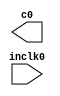
module sdram_pll (
	inclk0,
	c0);

	input	  inclk0;
	output	  c0;

endmodule

// ============================================================
// CNX file retrieval info
// ============================================================
// Retrieval info: PRIVATE: ACTIVECLK_CHECK STRING "0"
// Retrieval info: PRIVATE: BANDWIDTH STRING "1.000"
// Retrieval info: PRIVATE: BANDWIDTH_FEATURE_ENABLED STRING "1"
// Retrieval info: PRIVATE: BANDWIDTH_FREQ_UNIT STRING "MHz"
// Retrieval info: PRIVATE: BANDWIDTH_PRESET STRING "Low"
// Retrieval info: PRIVATE: BANDWIDTH_USE_AUTO STRING "1"
// Retrieval info: PRIVATE: BANDWIDTH_USE_PRESET STRING "0"
// Retrieval info: PRIVATE: CLKBAD_SWITCHOVER_CHECK STRING "0"
// Retrieval info: PRIVATE: CLKLOSS_CHECK STRING "0"
// Retrieval info: PRIVATE: CLKSWITCH_CHECK STRING "0"
// Retrieval info: PRIVATE: CNX_NO_COMPENSATE_RADIO STRING "0"
// Retrieval info: PRIVATE: CREATE_CLKBAD_CHECK STRING "0"
// Retrieval info: PRIVATE: CREATE_INCLK1_CHECK STRING "0"
// Retrieval info: PRIVATE: CUR_DEDICATED_CLK STRING "c0"
// Retrieval info: PRIVATE: CUR_FBIN_CLK STRING "c0"
// Retrieval info: PRIVATE: DEVICE_SPEED_GRADE STRING "8"
// Retrieval info: PRIVATE: DIV_FACTOR0 NUMERIC "1"
// Retrieval info: PRIVATE: DUTY_CYCLE0 STRING "50.00000000"
// Retrieval info: PRIVATE: EFF_OUTPUT_FREQ_VALUE0 STRING "100.000000"
// Retrieval info: PRIVATE: EXPLICIT_SWITCHOVER_COUNTER STRING "0"
// Retrieval info: PRIVATE: EXT_FEEDBACK_RADIO STRING "0"
// Retrieval info: PRIVATE: GLOCKED_COUNTER_EDIT_CHANGED STRING "1"
// Retrieval info: PRIVATE: GLOCKED_FEATURE_ENABLED STRING "0"
// Retrieval info: PRIVATE: GLOCKED_MODE_CHECK STRING "0"
// Retrieval info: PRIVATE: GLOCK_COUNTER_EDIT NUMERIC "1048575"
// Retrieval info: PRIVATE: HAS_MANUAL_SWITCHOVER STRING "1"
// Retrieval info: PRIVATE: INCLK0_FREQ_EDIT STRING "50.000"
// Retrieval info: PRIVATE: INCLK0_FREQ_UNIT_COMBO STRING "MHz"
// Retrieval info: PRIVATE: INCLK1_FREQ_EDIT STRING "100.000"
// Retrieval info: PRIVATE: INCLK1_FREQ_EDIT_CHANGED STRING "1"
// Retrieval info: PRIVATE: INCLK1_FREQ_UNIT_CHANGED STRING "1"
// Retrieval info: PRIVATE: INCLK1_FREQ_UNIT_COMBO STRING "MHz"
// Retrieval info: PRIVATE: INTENDED_DEVICE_FAMILY STRING "Cyclone IV E"
// Retrieval info: PRIVATE: INT_FEEDBACK__MODE_RADIO STRING "1"
// Retrieval info: PRIVATE: LOCKED_OUTPUT_CHECK STRING "0"
// Retrieval info: PRIVATE: LONG_SCAN_RADIO STRING "1"
// Retrieval info: PRIVATE: LVDS_MODE_DATA_RATE STRING "Not Available"
// Retrieval info: PRIVATE: LVDS_MODE_DATA_RATE_DIRTY NUMERIC "0"
// Retrieval info: PRIVATE: LVDS_PHASE_SHIFT_UNIT0 STRING "deg"
// Retrieval info: PRIVATE: MIG_DEVICE_SPEED_GRADE STRING "Any"
// Retrieval info: PRIVATE: MIRROR_CLK0 STRING "0"
// Retrieval info: PRIVATE: MULT_FACTOR0 NUMERIC "1"
// Retrieval info: PRIVATE: NORMAL_MODE_RADIO STRING "1"
// Retrieval info: PRIVATE: OUTPUT_FREQ0 STRING "100.00000000"
// Retrieval info: PRIVATE: OUTPUT_FREQ_MODE0 STRING "1"
// Retrieval info: PRIVATE: OUTPUT_FREQ_UNIT0 STRING "MHz"
// Retrieval info: PRIVATE: PHASE_RECONFIG_FEATURE_ENABLED STRING "1"
// Retrieval info: PRIVATE: PHASE_RECONFIG_INPUTS_CHECK STRING "0"
// Retrieval info: PRIVATE: PHASE_SHIFT0 STRING "0.00000000"
// Retrieval info: PRIVATE: PHASE_SHIFT_STEP_ENABLED_CHECK STRING "0"
// Retrieval info: PRIVATE: PHASE_SHIFT_UNIT0 STRING "deg"
// Retrieval info: PRIVATE: PLL_ADVANCED_PARAM_CHECK STRING "0"
// Retrieval info: PRIVATE: PLL_ARESET_CHECK STRING "0"
// Retrieval info: PRIVATE: PLL_AUTOPLL_CHECK NUMERIC "1"
// Retrieval info: PRIVATE: PLL_ENHPLL_CHECK NUMERIC "0"
// Retrieval info: PRIVATE: PLL_FASTPLL_CHECK NUMERIC "0"
// Retrieval info: PRIVATE: PLL_FBMIMIC_CHECK STRING "0"
// Retrieval info: PRIVATE: PLL_LVDS_PLL_CHECK NUMERIC "0"
// Retrieval info: PRIVATE: PLL_PFDENA_CHECK STRING "0"
// Retrieval info: PRIVATE: PLL_TARGET_HARCOPY_CHECK NUMERIC "0"
// Retrieval info: PRIVATE: PRIMARY_CLK_COMBO STRING "inclk0"
// Retrieval info: PRIVATE: RECONFIG_FILE STRING "sdram_pll.mif"
// Retrieval info: PRIVATE: SACN_INPUTS_CHECK STRING "0"
// Retrieval info: PRIVATE: SCAN_FEATURE_ENABLED STRING "1"
// Retrieval info: PRIVATE: SELF_RESET_LOCK_LOSS STRING "0"
// Retrieval info: PRIVATE: SHORT_SCAN_RADIO STRING "0"
// Retrieval info: PRIVATE: SPREAD_FEATURE_ENABLED STRING "0"
// Retrieval info: PRIVATE: SPREAD_FREQ STRING "50.000"
// Retrieval info: PRIVATE: SPREAD_FREQ_UNIT STRING "KHz"
// Retrieval info: PRIVATE: SPREAD_PERCENT STRING "0.500"
// Retrieval info: PRIVATE: SPREAD_USE STRING "0"
// Retrieval info: PRIVATE: SRC_SYNCH_COMP_RADIO STRING "0"
// Retrieval info: PRIVATE: STICKY_CLK0 STRING "1"
// Retrieval info: PRIVATE: SWITCHOVER_COUNT_EDIT NUMERIC "1"
// Retrieval info: PRIVATE: SWITCHOVER_FEATURE_ENABLED STRING "1"
// Retrieval info: PRIVATE: SYNTH_WRAPPER_GEN_POSTFIX STRING "0"
// Retrieval info: PRIVATE: USE_CLK0 STRING "1"
// Retrieval info: PRIVATE: USE_CLKENA0 STRING "0"
// Retrieval info: PRIVATE: USE_MIL_SPEED_GRADE NUMERIC "0"
// Retrieval info: PRIVATE: ZERO_DELAY_RADIO STRING "0"
// Retrieval info: LIBRARY: altera_mf altera_mf.altera_mf_components.all
// Retrieval info: CONSTANT: BANDWIDTH_TYPE STRING "AUTO"
// Retrieval info: CONSTANT: CLK0_DIVIDE_BY NUMERIC "1"
// Retrieval info: CONSTANT: CLK0_DUTY_CYCLE NUMERIC "50"
// Retrieval info: CONSTANT: CLK0_MULTIPLY_BY NUMERIC "2"
// Retrieval info: CONSTANT: CLK0_PHASE_SHIFT STRING "0"
// Retrieval info: CONSTANT: COMPENSATE_CLOCK STRING "CLK0"
// Retrieval info: CONSTANT: INCLK0_INPUT_FREQUENCY NUMERIC "20000"
// Retrieval info: CONSTANT: INTENDED_DEVICE_FAMILY STRING "Cyclone IV E"
// Retrieval info: CONSTANT: LPM_TYPE STRING "altpll"
// Retrieval info: CONSTANT: OPERATION_MODE STRING "NORMAL"
// Retrieval info: CONSTANT: PLL_TYPE STRING "AUTO"
// Retrieval info: CONSTANT: PORT_ACTIVECLOCK STRING "PORT_UNUSED"
// Retrieval info: CONSTANT: PORT_ARESET STRING "PORT_UNUSED"
// Retrieval info: CONSTANT: PORT_CLKBAD0 STRING "PORT_UNUSED"
// Retrieval info: CONSTANT: PORT_CLKBAD1 STRING "PORT_UNUSED"
// Retrieval info: CONSTANT: PORT_CLKLOSS STRING "PORT_UNUSED"
// Retrieval info: CONSTANT: PORT_CLKSWITCH STRING "PORT_UNUSED"
// Retrieval info: CONSTANT: PORT_CONFIGUPDATE STRING "PORT_UNUSED"
// Retrieval info: CONSTANT: PORT_FBIN STRING "PORT_UNUSED"
// Retrieval info: CONSTANT: PORT_INCLK0 STRING "PORT_USED"
// Retrieval info: CONSTANT: PORT_INCLK1 STRING "PORT_UNUSED"
// Retrieval info: CONSTANT: PORT_LOCKED STRING "PORT_UNUSED"
// Retrieval info: CONSTANT: PORT_PFDENA STRING "PORT_UNUSED"
// Retrieval info: CONSTANT: PORT_PHASECOUNTERSELECT STRING "PORT_UNUSED"
// Retrieval info: CONSTANT: PORT_PHASEDONE STRING "PORT_UNUSED"
// Retrieval info: CONSTANT: PORT_PHASESTEP STRING "PORT_UNUSED"
// Retrieval info: CONSTANT: PORT_PHASEUPDOWN STRING "PORT_UNUSED"
// Retrieval info: CONSTANT: PORT_PLLENA STRING "PORT_UNUSED"
// Retrieval info: CONSTANT: PORT_SCANACLR STRING "PORT_UNUSED"
// Retrieval info: CONSTANT: PORT_SCANCLK STRING "PORT_UNUSED"
// Retrieval info: CONSTANT: PORT_SCANCLKENA STRING "PORT_UNUSED"
// Retrieval info: CONSTANT: PORT_SCANDATA STRING "PORT_UNUSED"
// Retrieval info: CONSTANT: PORT_SCANDATAOUT STRING "PORT_UNUSED"
// Retrieval info: CONSTANT: PORT_SCANDONE STRING "PORT_UNUSED"
// Retrieval info: CONSTANT: PORT_SCANREAD STRING "PORT_UNUSED"
// Retrieval info: CONSTANT: PORT_SCANWRITE STRING "PORT_UNUSED"
// Retrieval info: CONSTANT: PORT_clk0 STRING "PORT_USED"
// Retrieval info: CONSTANT: PORT_clk1 STRING "PORT_UNUSED"
// Retrieval info: CONSTANT: PORT_clk2 STRING "PORT_UNUSED"
// Retrieval info: CONSTANT: PORT_clk3 STRING "PORT_UNUSED"
// Retrieval info: CONSTANT: PORT_clk4 STRING "PORT_UNUSED"
// Retrieval info: CONSTANT: PORT_clk5 STRING "PORT_UNUSED"
// Retrieval info: CONSTANT: PORT_clkena0 STRING "PORT_UNUSED"
// Retrieval info: CONSTANT: PORT_clkena1 STRING "PORT_UNUSED"
// Retrieval info: CONSTANT: PORT_clkena2 STRING "PORT_UNUSED"
// Retrieval info: CONSTANT: PORT_clkena3 STRING "PORT_UNUSED"
// Retrieval info: CONSTANT: PORT_clkena4 STRING "PORT_UNUSED"
// Retrieval info: CONSTANT: PORT_clkena5 STRING "PORT_UNUSED"
// Retrieval info: CONSTANT: PORT_extclk0 STRING "PORT_UNUSED"
// Retrieval info: CONSTANT: PORT_extclk1 STRING "PORT_UNUSED"
// Retrieval info: CONSTANT: PORT_extclk2 STRING "PORT_UNUSED"
// Retrieval info: CONSTANT: PORT_extclk3 STRING "PORT_UNUSED"
// Retrieval info: CONSTANT: WIDTH_CLOCK NUMERIC "5"
// Retrieval info: USED_PORT: @clk 0 0 5 0 OUTPUT_CLK_EXT VCC "@clk[4..0]"
// Retrieval info: USED_PORT: c0 0 0 0 0 OUTPUT_CLK_EXT VCC "c0"
// Retrieval info: USED_PORT: inclk0 0 0 0 0 INPUT_CLK_EXT GND "inclk0"
// Retrieval info: CONNECT: @inclk 0 0 1 1 GND 0 0 0 0
// Retrieval info: CONNECT: @inclk 0 0 1 0 inclk0 0 0 0 0
// Retrieval info: CONNECT: c0 0 0 0 0 @clk 0 0 1 0
// Retrieval info: GEN_FILE: TYPE_NORMAL sdram_pll.v TRUE
// Retrieval info: GEN_FILE: TYPE_NORMAL sdram_pll.ppf TRUE
// Retrieval info: GEN_FILE: TYPE_NORMAL sdram_pll.inc FALSE
// Retrieval info: GEN_FILE: TYPE_NORMAL sdram_pll.cmp FALSE
// Retrieval info: GEN_FILE: TYPE_NORMAL sdram_pll.bsf FALSE
// Retrieval info: GEN_FILE: TYPE_NORMAL sdram_pll_inst.v FALSE
// Retrieval info: GEN_FILE: TYPE_NORMAL sdram_pll_bb.v TRUE
// Retrieval info: LIB_FILE: altera_mf
// Retrieval info: CBX_MODULE_PREFIX: ON